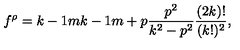
f ^ { \rho } = { \binom { k - 1 } { m } } { \binom { k - 1 } { m + p } } { \frac { p ^ { 2 } } { k ^ { 2 } - p ^ { 2 } } } { \frac { ( 2 k ) ! } { ( k ! ) ^ { 2 } } } ,